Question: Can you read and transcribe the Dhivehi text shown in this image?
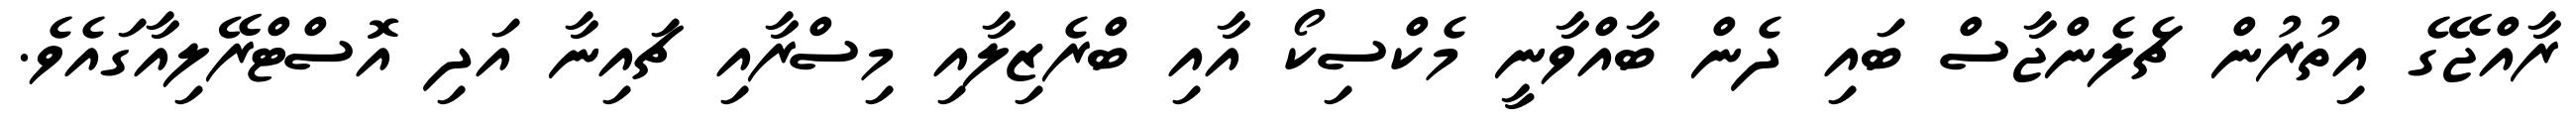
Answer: ރާއްޖޭގެ އިތުރުން ޗެލެންޖާސް ބައި ދެން ބާއްވާނީ މެކްސިކޯ އާއި ބްރެޒިލާއި މިސްރާއި ޗައިނާ އަދި އޮސްޓްރޭލިއާގައެވެ.